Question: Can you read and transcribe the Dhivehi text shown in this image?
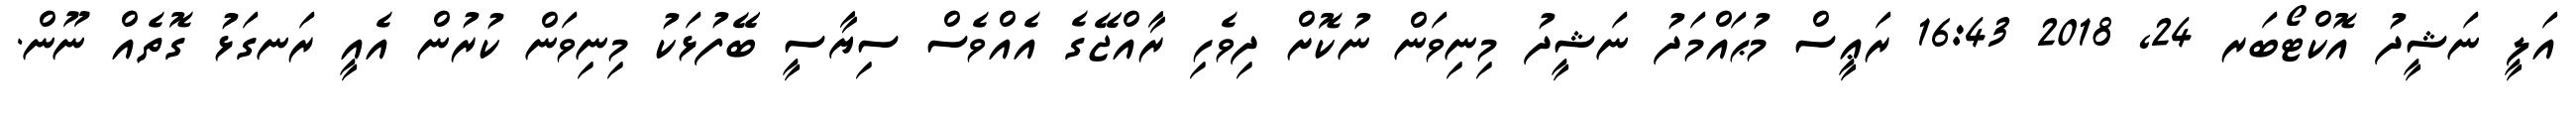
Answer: އަލީ ނަޝީދު އޮކްޓޯބަރ 24, 2018 16:43 ރަޢީސް މުޙައްމަދު ނަޝީދު މިނިވަން ނުކޮށް ދިވެހި ރާއްޖޭގެ އެއްވެސް ސިޔާސީ ބޭފުޅަކު މިނިވަން ކުރުން އެއީ ރަނގަޅު ގޮތެއް ނޫން.